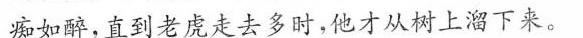
痴如醉，直到老虎走去多时，他才从树上溜下来。